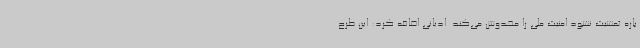
باره تمشیت نشود امنیت ملی را مخدوش می‌کند. ادیانی اضافه کرد: این طرح